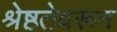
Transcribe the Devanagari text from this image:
श्रेष्ठतेवरून